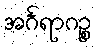
အင်္ဂရာဂဉ္စ